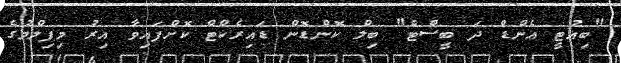
"ބިއުޓީ އެންޑް ދަ ބީސްޓް" ބިލް ކޮންޑޮން ޑައިރެކްޓް ކޮށްފައިވާ އިރު މިފިލްމުގެ